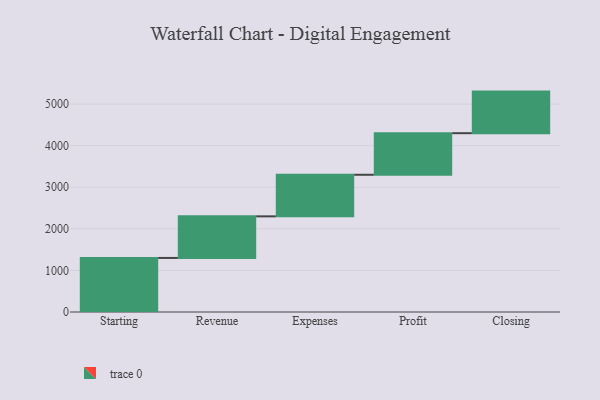
{"axis": {"x": "Step", "y": "Value"}, "legend": [""], "data": [{"x": "Starting", "y": 1300.0, "type": ""}, {"x": "Revenue", "y": 1000, "type": ""}, {"x": "Expenses", "y": 1000, "type": ""}, {"x": "Profit", "y": 1000, "type": ""}, {"x": "Closing", "y": 1000, "type": ""}]}